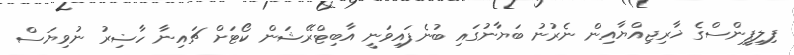
ފިލިޕީންސްގެ ޚާރިޖިއްޔާއިން ނެރުނު ބަޔާނުގައި ބުނެފައިވަނީ އާބިޓްރޭޝަން ކޯޓަށް ޗައިނާ ހާޟިރު ނުވިޔަސް